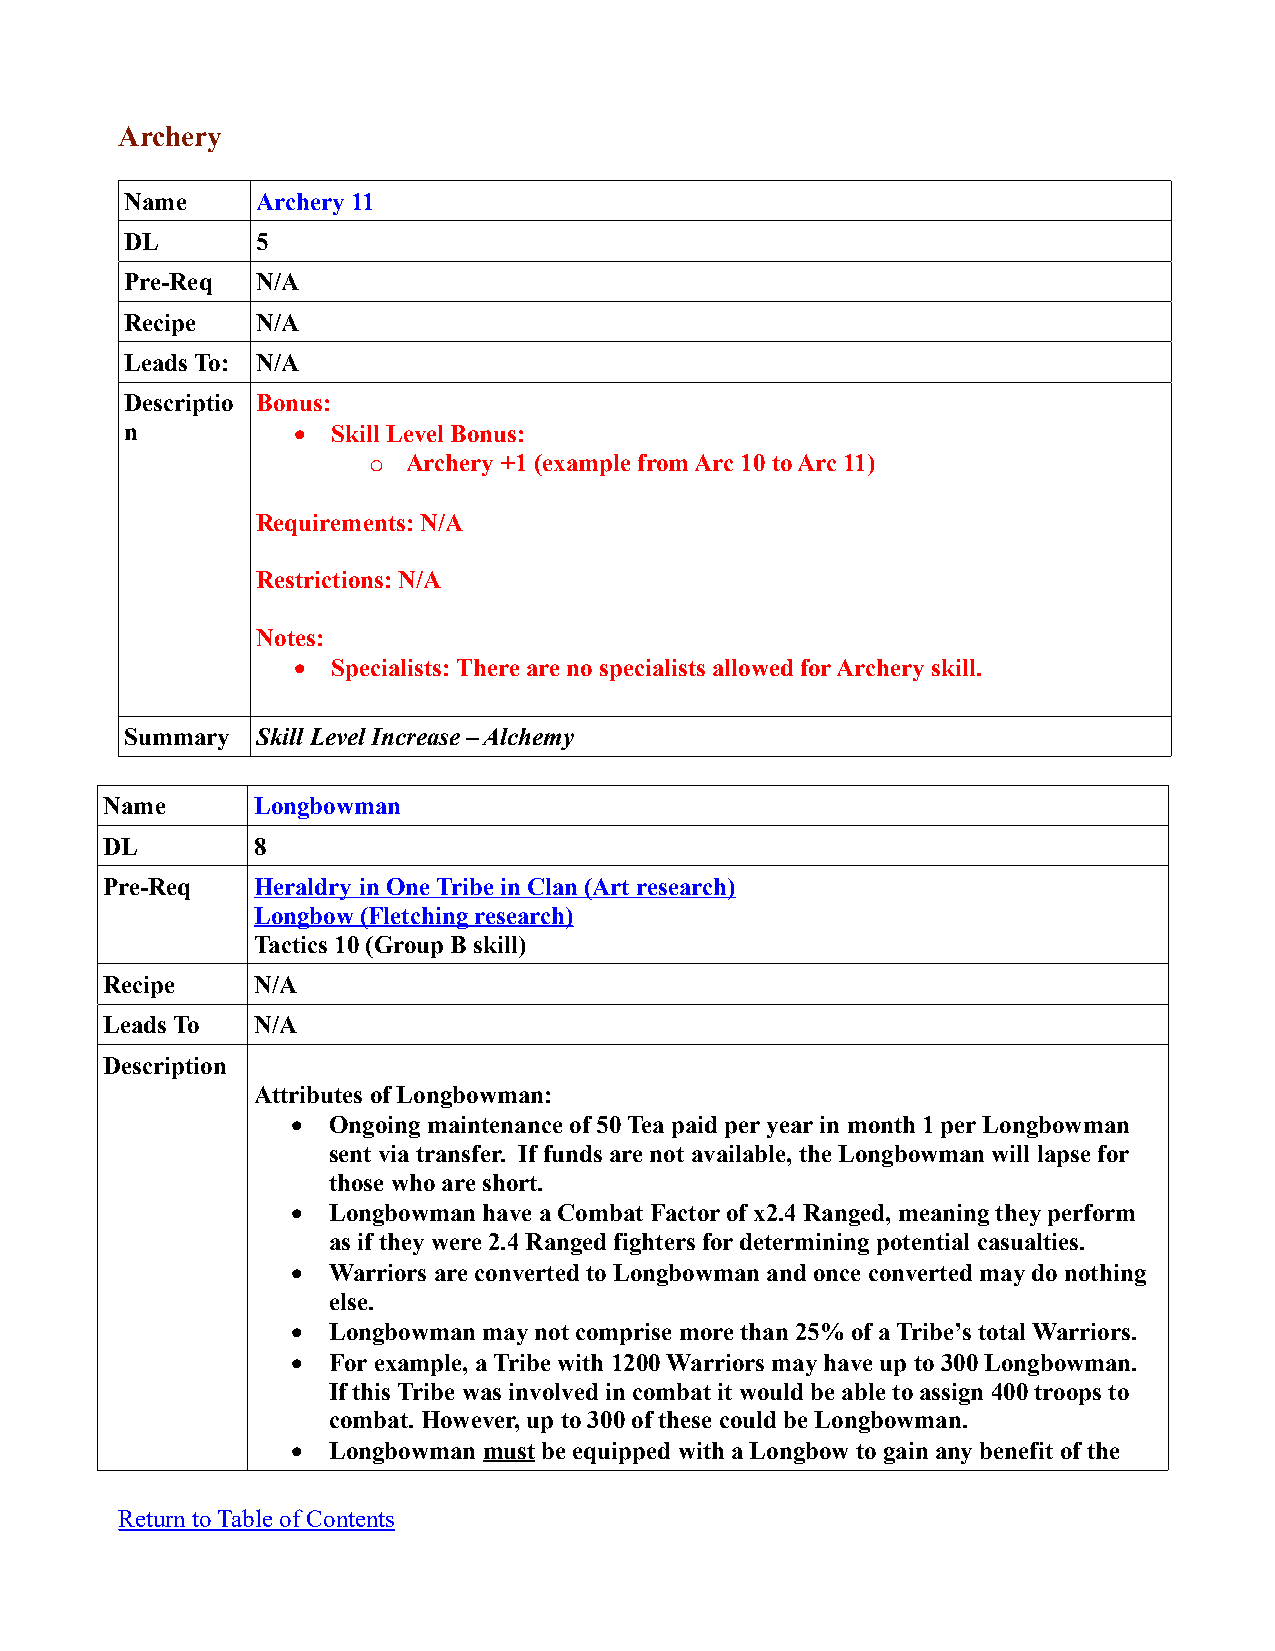
Archery
 Name     Archery 11
 DL       5
 Pre-Req  N/A
 Recipe   N/A
 Leads To: N/A
 Descriptio Bonus:
 n            Skill Level Bonus:
 o  Archery +1 (example from Arc 10 to Arc 11)
 Requirements: N/A
 Restrictions: N/A
 Notes:
   Specialists: There are no specialists allowed for Archery skill.
 Summary  Skill Level Increase – Alchemy
 Name      Longbowman
 DL        8
 Pre-Req   Heraldry in One Tribe in Clan (Art research)
 Longbow (Fletching research)
 Tactics 10 (Group B skill)
 Recipe    N/A
 Leads To  N/A
 Description
 Attributes of Longbowman:
   Ongoing maintenance of 50 Tea paid per year in month 1 per Longbowman
 sent via transfer. If funds are not available, the Longbowman will lapse for
 those who are short.
   Longbowman have a Combat Factor of x2.4 Ranged, meaning they perform
 as if they were 2.4 Ranged fighters for determining potential casualties.
   Warriors are converted to Longbowman and once converted may do nothing
 else.
   Longbowman may not comprise more than 25% of a Tribe’s total Warriors.
   For example, a Tribe with 1200 Warriors may have up to 300 Longbowman.
 If this Tribe was involved in combat it would be able to assign 400 troops to
 combat. However, up to 300 of these could be Longbowman.
   Longbowman must be equipped with a Longbow to gain any benefit of the
 Return to Table of Contents